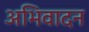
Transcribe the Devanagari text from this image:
अभिवादन